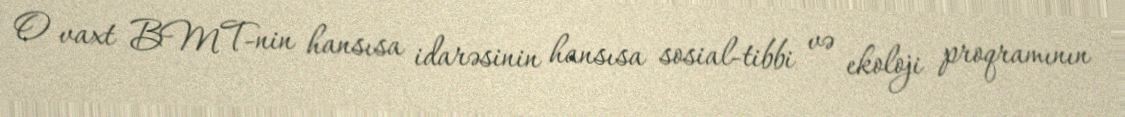
O vaxt BMT-nin hansısa idarəsinin hansısa sosial-tibbi və ekoloji proqramının